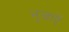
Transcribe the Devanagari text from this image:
भुजाऐं